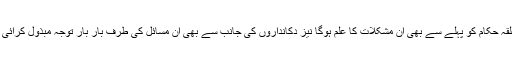
علاوہ ازیں متعلقہ حکام کو پہلے سے بھی ان مشکلات کا علم ہوگا نیز دکانداروں کی جانب سے بھی ان مسائل کی طرف بار بار توجہ مبذول کرائی جا چکی ہوگی۔